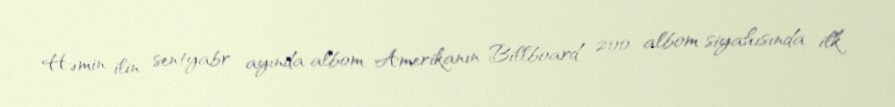
Həmin ilin sentyabr ayında albom Amerikanın Billboard 200 albom siyahısında ilk